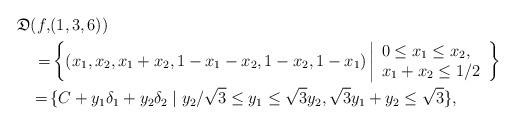
LaTeX: \begin{align*}\mathfrak{D}(f,&(1,3,6))\\=&\left\{(x_1,x_2,x_1+x_2,1-x_1-x_2,1-x_2,1-x_1)\left|\begin{array}{l}0\le x_1\le x_2,\\x_1+x_2 \le1/2\end{array} \right.\right\}\\=\,&\{C+y_1\delta_1+y_2\delta_2\mid y_2/\sqrt{3}\le y_1\le\sqrt{3}y_2,\sqrt{3}y_1+y_2\le\sqrt{3}\},\end{align*}